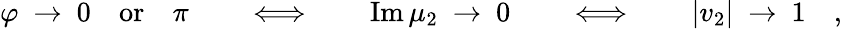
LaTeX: \varphi\ \to\ 0\quad\textrm{or}\quad\pi\qquad\Longleftrightarrow\qquad\textrm{Im}\, \mu_{2}\ \to\ 0\qquad\Longleftrightarrow\qquad|v_{2}|\ \to\ 1\quad,